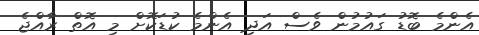
އެންމެ ބޮޑު ގައުމުން ވެސް އަދި އެންމެ ކުޑަކޮށް މި އޮތް ރާއްޖެ